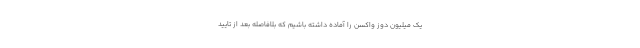
یک میلیون دوز واکسن را آماده داشته باشیم که بلافاصله بعد از تایید